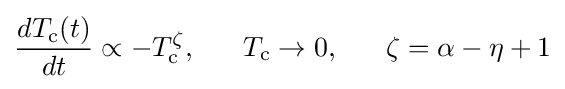
{\frac {dT_{\text{c}}(t)}{dt}}\propto -T_{\text{c}}^{\zeta },~~~~~T_{\text{c}}\rightarrow 0,~~~~~{\zeta =\alpha -\eta +1}